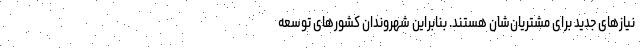
نیازهای جدید برای مشتریان‌شان هستند. بنابراین شهروندان کشورهای توسعه